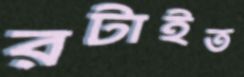
রটাইত